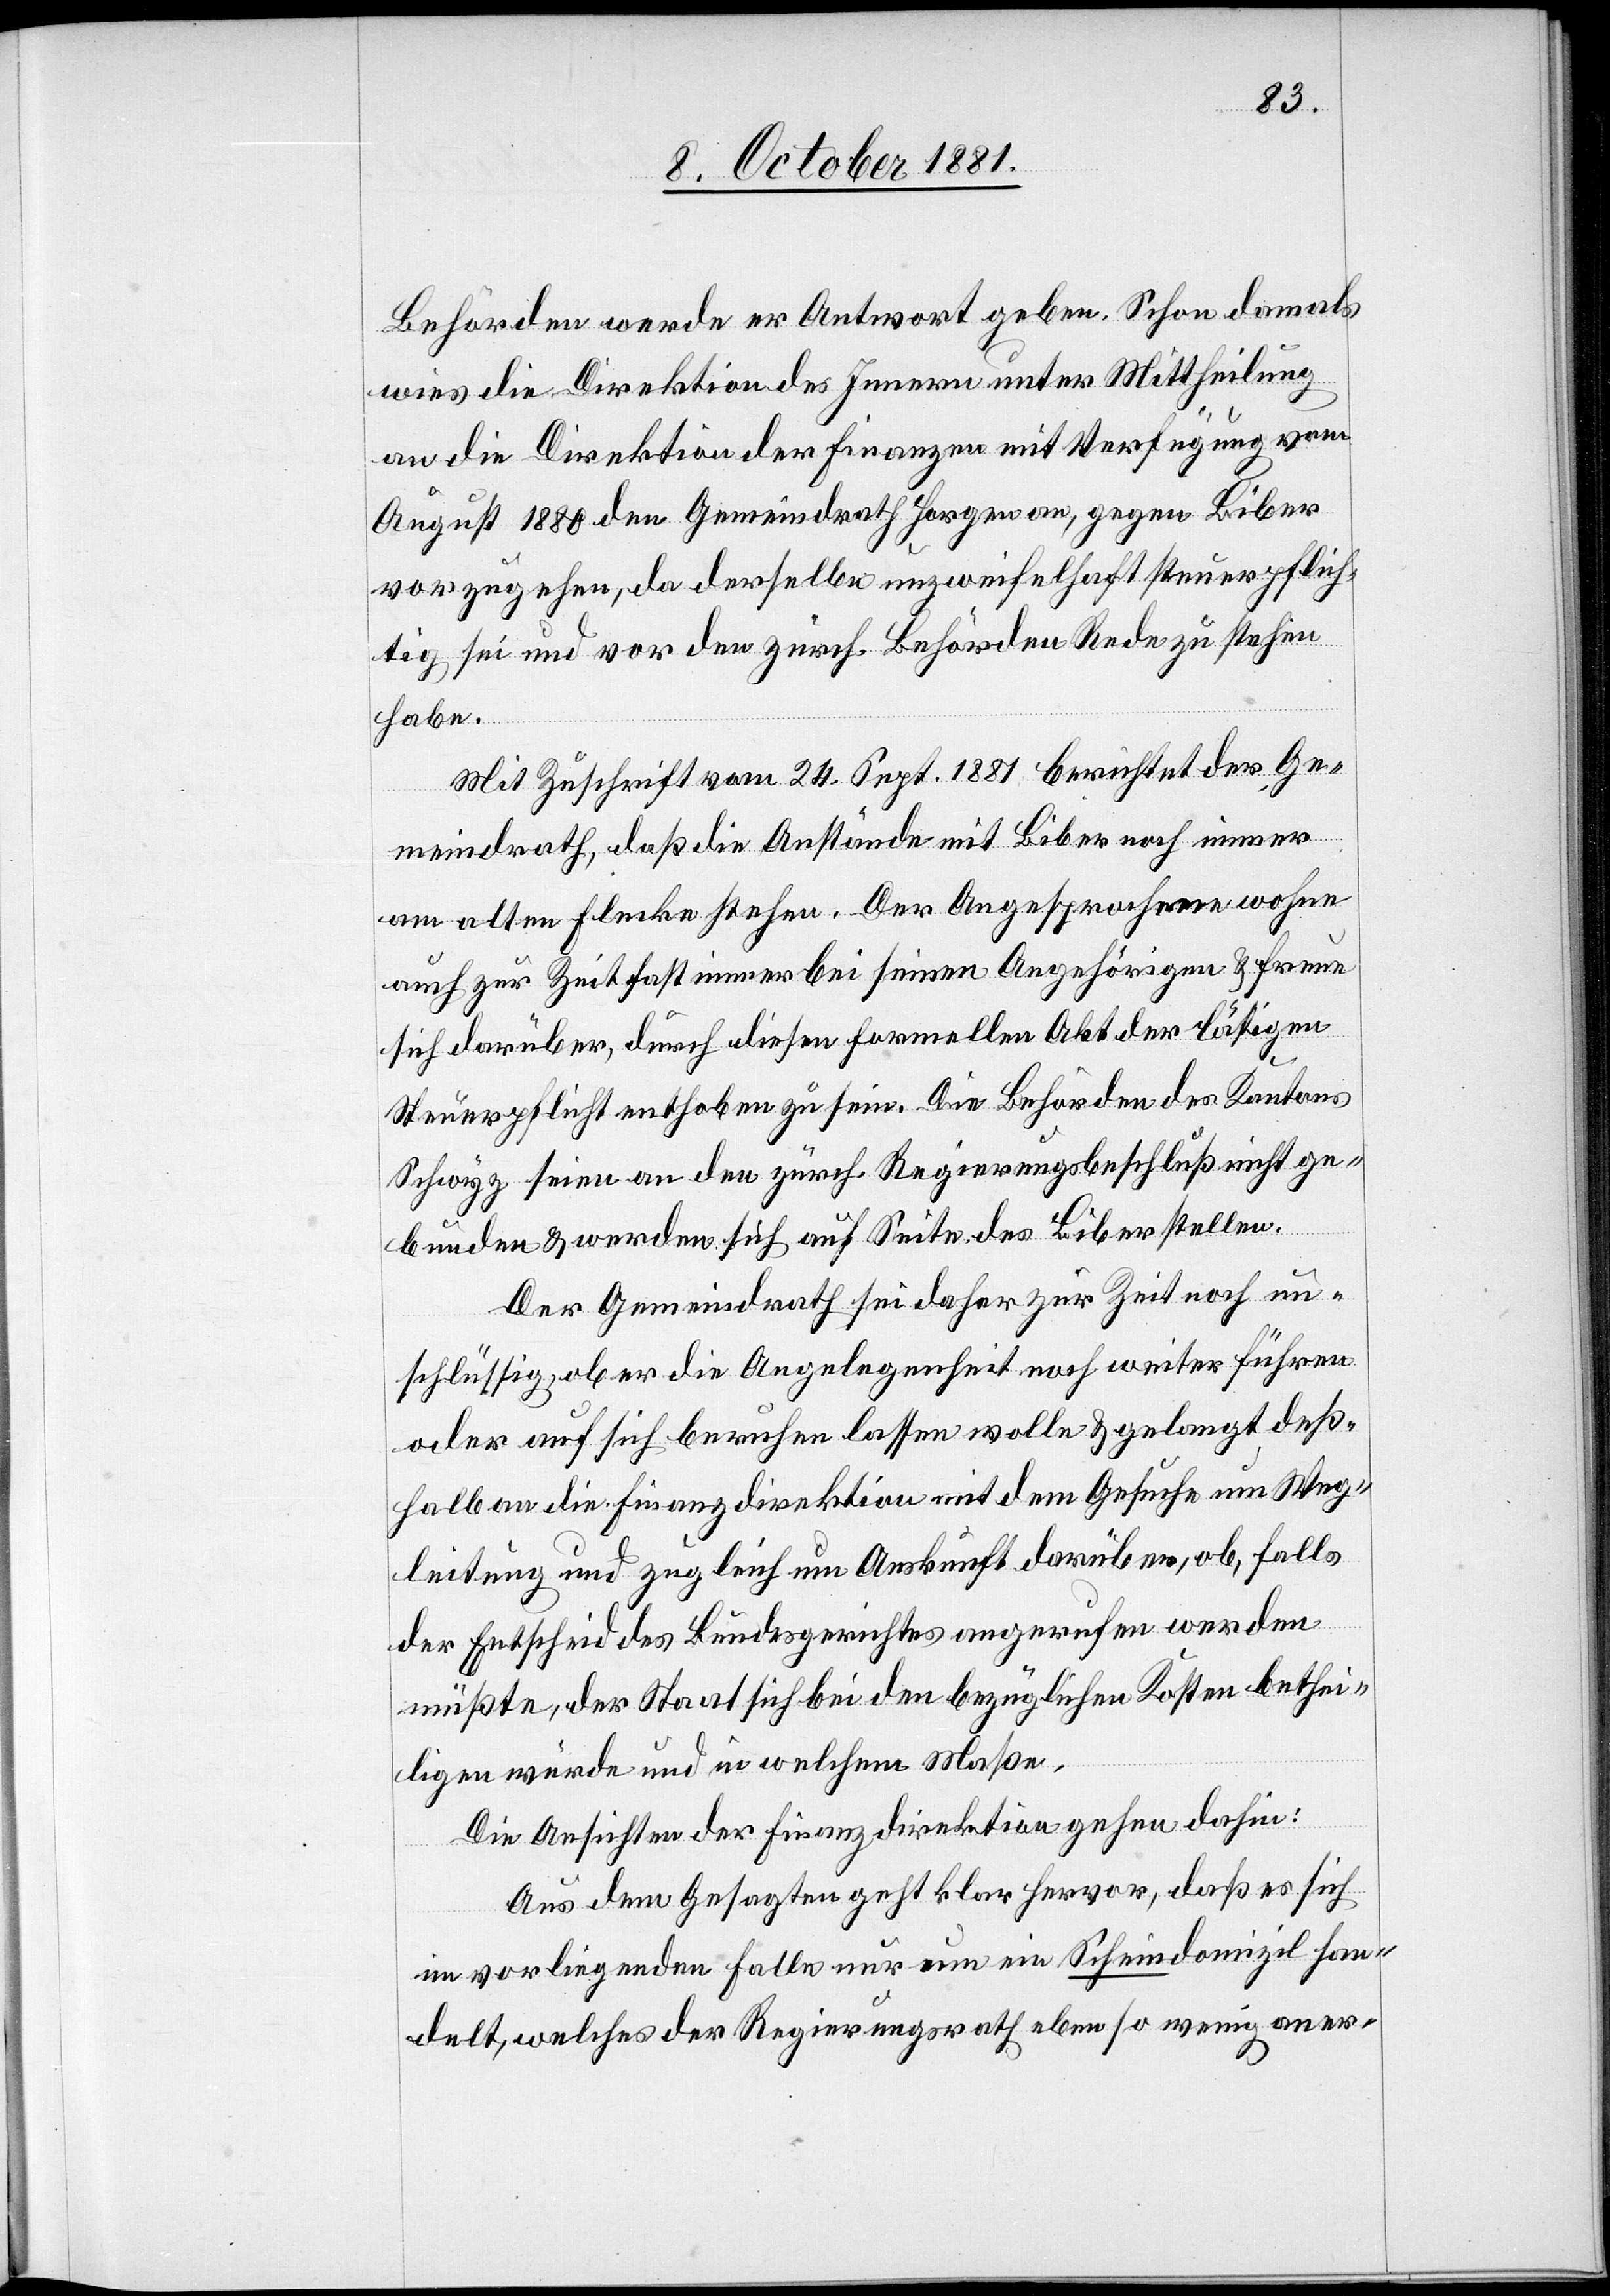
Behörden werde er Antwort geben. Schon damals
wies die Direktion des Innern unter Mittheilung
an die Direktion der Finanzen mit Verfügung vom
August 1880 den Gemeindrath Horgen an, gegen Biber
vorzugehen, da derselbe unzweifelhaft steuerpflich¬
tig sei und vor den zürch. Behörden Rede zu stehen
habe.
Mit Zuschrift vom 24. Sept. 1881 berichtet der Ge¬
meindrath, daß die Anstände mit Biber noch immer
am alten Flecke stehen. Der Angesprochene wohne
auch zur Zeit fast immer bei seinen Angehörigen & freue
sich darüber, durch diesen formellen Akt der lästigen
Steuerpflicht enthoben zu sein. Die Behörden des Kantons
Schwyz seien an den zürch. Regierungsbeschluß nicht ge¬
bunden & werden sich auf Seite des Biber stellen.
Der Gemeindrath sei daher zur Zeit noch un¬
schlüssig, ob er die Angelegenheit noch weiter führen
oder auf sich beruhen lassen wolle & gelangt deß¬
halb an die Finanzdirektion mit dem Gesuche um Weg¬
leitung und zugleich um Auskunft darüber, ob, falls
der Entscheid des Bundesgerichtes angerufen werden
müßte, der Staat sich bei den bezüglichen Kosten bethei¬
ligen würde und in welchem Maße.
Die Ansichten der Finanzdirektion gehen dahin:
Aus dem Gesagten geht klar hervor, daß es sich
im vorliegenden Falle nur um ein Scheindomizil han¬
delt, welches der Regierungsrath eben so wenig aner-